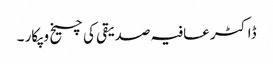
ڈاکٹر عافیہ صدیقی کی چیخ و پکار ۔